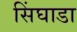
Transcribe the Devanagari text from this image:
सिंघाडा